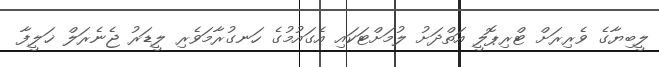
ލީބިޔާގެ ވެރިރަށް ޓްރިޕޮލީ އަތްދަށު ލުމަށްޓަކައި އެގައުމުގެ ހަނގުރާމަވެރި ލީޑަރު ޖެނެރަލް ޚަލީފާ